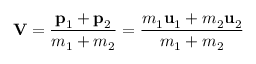
\mathbf { V } = { \frac { \mathbf { p } _ { 1 } + \mathbf { p } _ { 2 } } { m _ { 1 } + m _ { 2 } } } = { \frac { m _ { 1 } \mathbf { u } _ { 1 } + m _ { 2 } \mathbf { u } _ { 2 } } { m _ { 1 } + m _ { 2 } } }